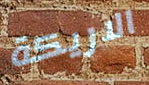
الاريكة